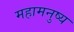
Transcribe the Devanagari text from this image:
महामनुष्य